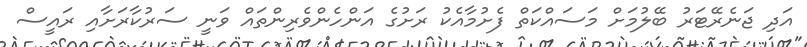
އަދި ޖަނެރޭޓަރު ބޭލުމަށް މަސައްކަތް ފެށުމާއެކު ރަށުގެ އަންހެންވެރިންތައް ވަނީ ސަރުކާރަށާއި ރައީސް